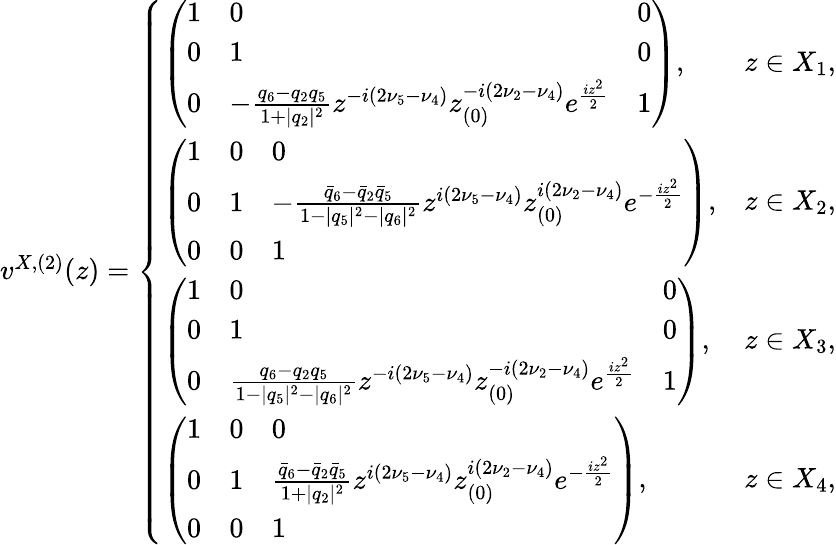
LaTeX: \begin{array}{r}{v^{X,(2)}(z)=\left\{ \begin{array}{ll}{\left(\begin{array}{lll}{1}&{0}&{0}\\ {0}&{1}&{0}\\ {0}&{-\frac{q_{6}-q_{2}q_{5}}{1+|q_{2}|^{2}}z^{-i(2\nu_{5}-\nu_{4})}z_{(0)}^{-i(2\nu_{2}-\nu_{4})}e^{\frac{iz^{2}}{2}}}&{1}\end{array}\right),}&{z\in X_{1},}\\ {\left(\begin{array}{lll}{1}&{0}&{0}\\ {0}&{1}&{-\frac{\bar{q}_{6}-\bar{q}_{2}\bar{q}_{5}}{1-|q_{5}|^{2}-|q_{6}|^{2}}z^{i(2\nu_{5}-\nu_{4})}z_{(0)}^{i(2\nu_{2}-\nu_{4})}e^{-\frac{iz^{2}}{2}}}\\ {0}&{0}&{1}\end{array}\right),}&{z\in X_{2},}\\ {\left(\begin{array}{lll}{1}&{0}&{0}\\ {0}&{1}&{0}\\ {0}&{\frac{q_{6}-q_{2}q_{5}}{1-|q_{5}|^{2}-|q_{6}|^{2}}z^{-i(2\nu_{5}-\nu_{4})}z_{(0)}^{-i(2\nu_{2}-\nu_{4})}e^{\frac{iz^{2}}{2}}}&{1}\end{array}\right),}&{z\in X_{3},}\\ {\left(\begin{array}{lll}{1}&{0}&{0}\\ {0}&{1}&{\frac{\bar{q}_{6}-\bar{q}_{2}\bar{q}_{5}}{1+|q_{2}|^{2}}z^{i(2\nu_{5}-\nu_{4})}z_{(0)}^{i(2\nu_{2}-\nu_{4})}e^{-\frac{iz^{2}}{2}}}\\ {0}&{0}&{1}\end{array}\right),}&{z\in X_{4},}\end{array}\right.}\end{array}